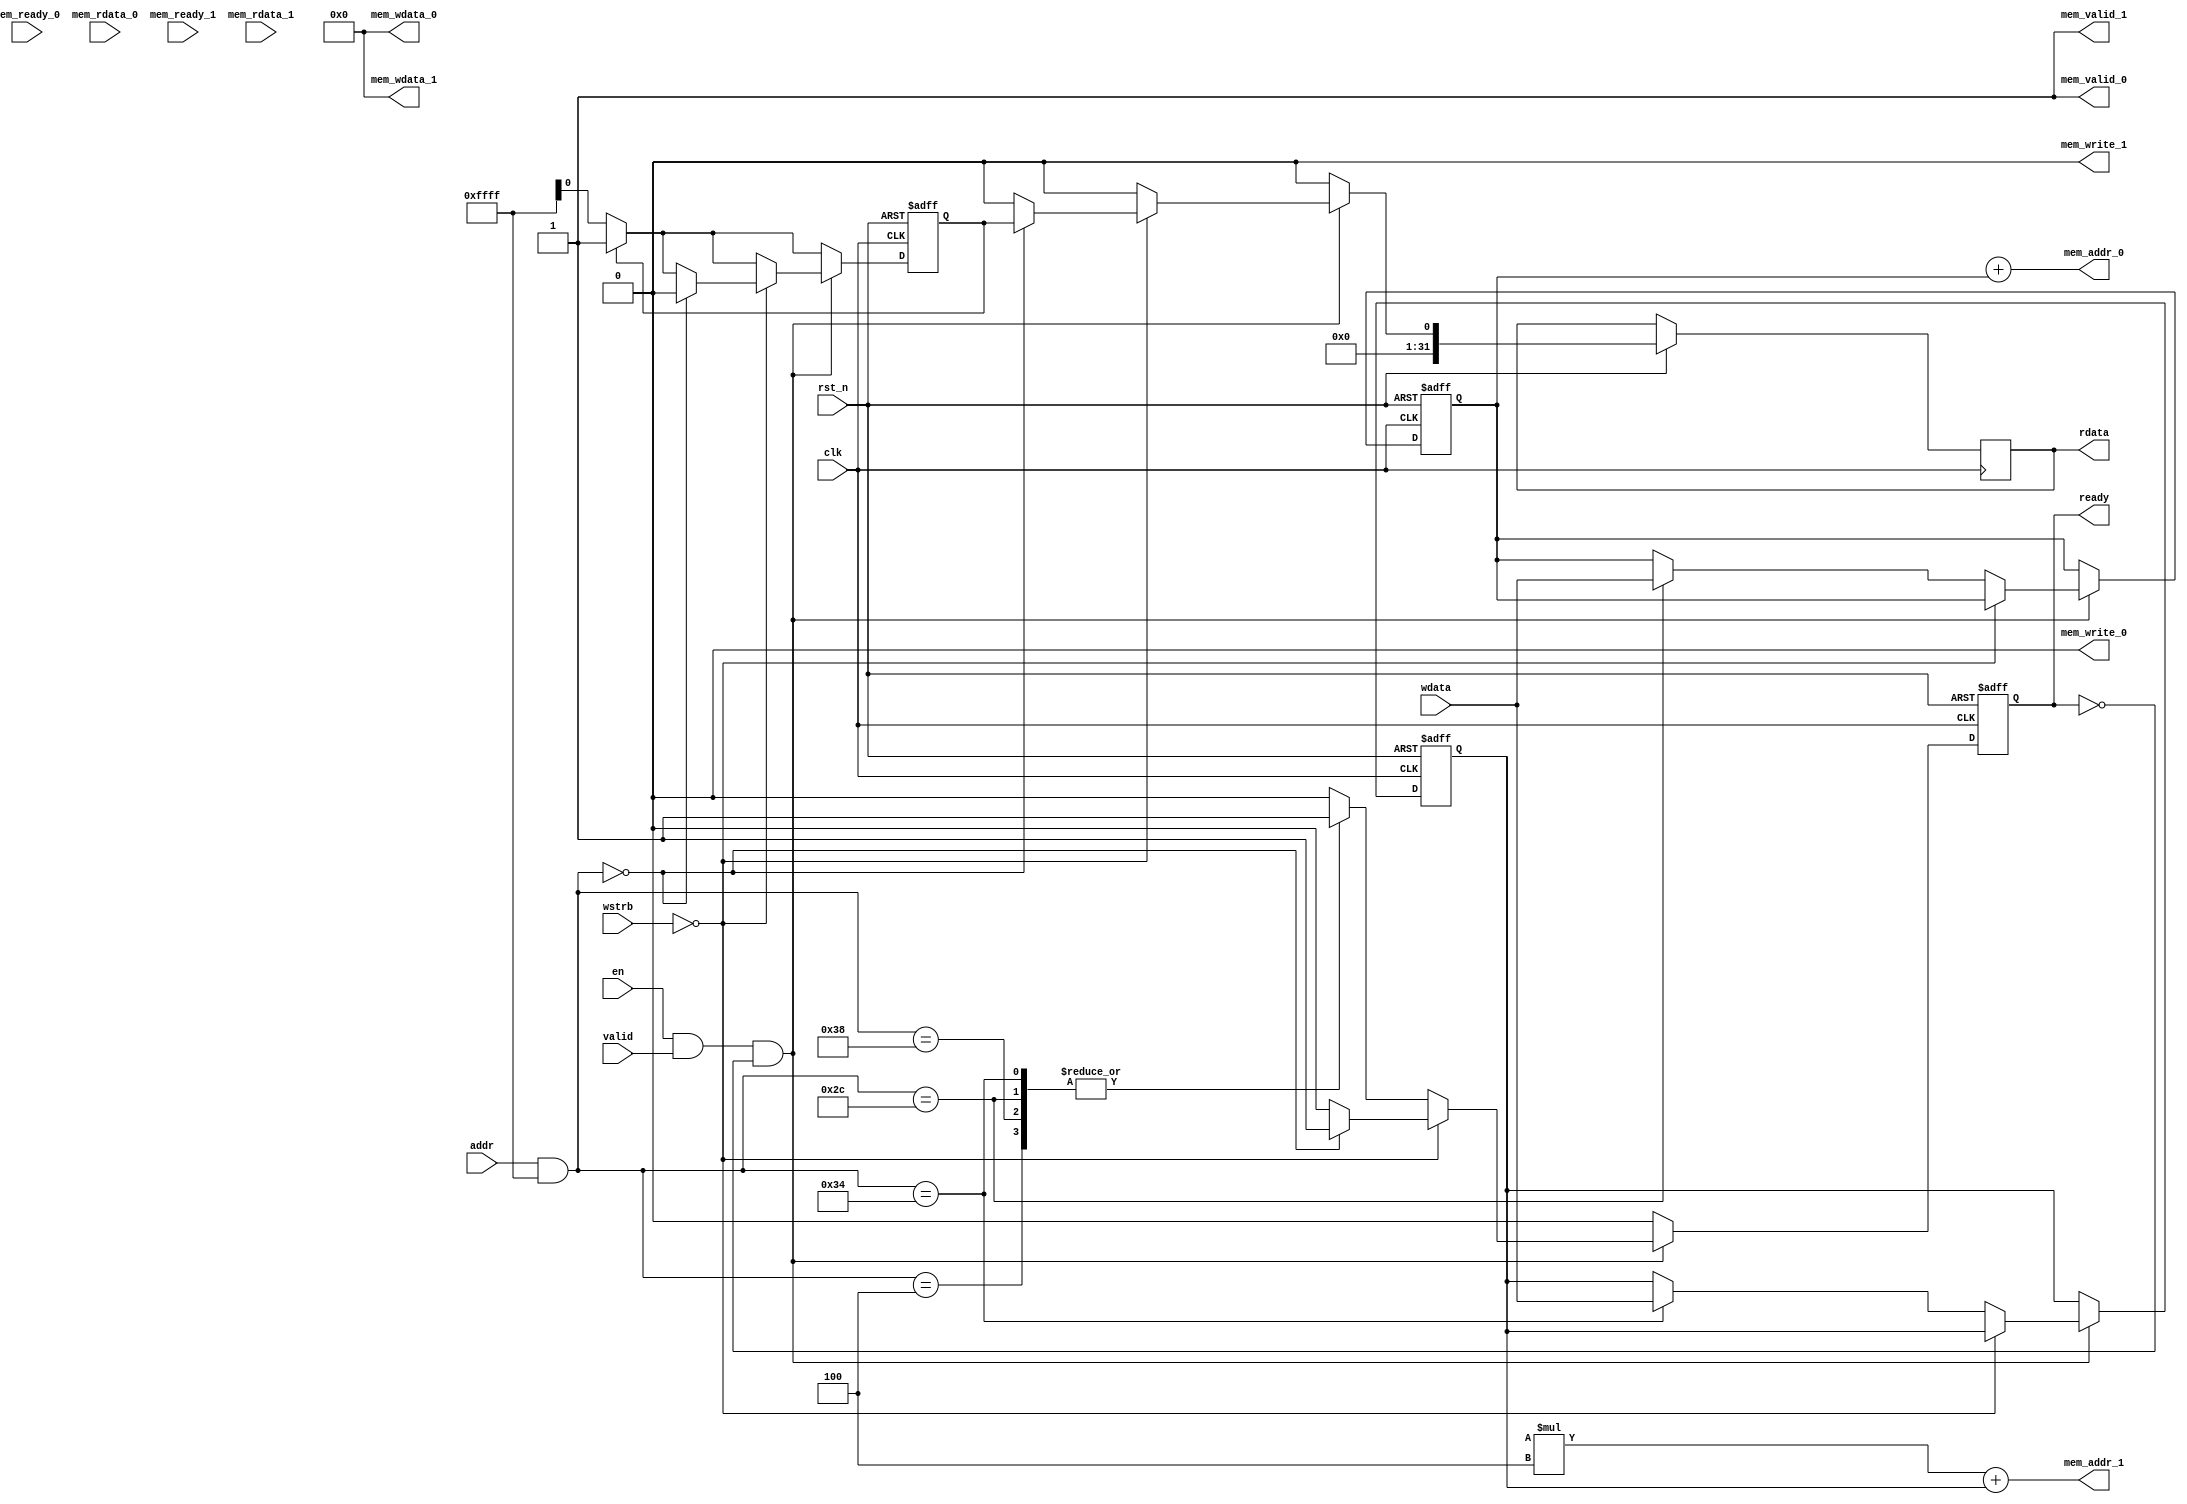
module MJPEG_MMAP (
    input clk,
    input en,
    input rst_n,
    input [31:0] addr,
    input valid,
    input [3:0] wstrb,
    output reg ready,
    input [31:0] wdata,
    output reg [31:0] rdata,

    // Memory interface
    input mem_ready_0,            //
    output mem_valid_0,           //
    output [31:0] mem_addr_0,     // input_addr
    input [31:0] mem_rdata_0,     // input_rdata
    output mem_write_0,           //
    output [31:0] mem_wdata_0,    //

    input mem_ready_1,            //
    output mem_valid_1,           //
    output [31:0] mem_addr_1,     // output_addr
    input [31:0] mem_rdata_1,     // output_rdata
    output mem_write_1,           // output_wen
    output [31:0] mem_wdata_1     // output_wdata
);

// MJPE_MMAP's address mapping
// TODO 0
// Assign your own memory mapping here
// I have defined some addresses which you may use for your accelerator.
// You can add additional addresses if necessary.

// Keep your memory address alligned to 4 bytes, so you won't run into any trouble.
// Each memory address represents 1 byte, so each MMAP mapping jumps at least 4 bytes = 32bits
// e.g. 0x0, 0x4, 0x8, 0xc
parameter MJPEG_MMAP_BASE = 32'h4000_0000;
parameter MJPEG_MMAP_RANG = 32'h0000_ffff;
parameter MJPEG_MMAP_READ_FINISH    = 32'h0000_0000;
parameter MJPEG_MMAP_WRITE_NUM_COEF = 32'h0000_0004; // jump 4bytes = 32bits
parameter MJPEG_MMAP_INPUT_OFFSET   = 32'h0000_002c;
parameter MJPEG_MMAP_OUTPUT_OFFSET  = 32'h0000_0034;
parameter MJPEG_MMAP_WRITE_START    = 32'h0000_0038;

// Accelerator register
reg start, finish;
reg [6:0] num_coef;
reg [31:0] input_offset, output_offset;
wire Ready;

// Internal masked address
wire [31:0] dnn_addr;
assign dnn_addr = (addr) & MJPEG_MMAP_RANG;

// Accelerator memory port
wire [15:0] input_addr, output_addr;
wire [31:0] output_rdata, output_wdata;
wire [31:0] input_rdata, weight_rdata;
wire output_wen;

// Memory port 1
// TODO 1
// This is for input data in memory.
// The following assignments are for demonstration.
// You need to assign the correct values.
assign mem_valid_0 = 1;
assign mem_addr_0 = input_addr + input_offset;
assign mem_write_0 = 0;
assign mem_wdata_0 = 0;
assign input_rdata = mem_rdata_0;

// Memory port 2
// TODO 2
// This is for weight data in memory.
// The following assignments are for demonstration.
// You need to assign the correct values.
assign mem_valid_1 = 1;
assign mem_addr_1 = output_addr * 4 + output_offset;
assign mem_write_1 = 0;
assign mem_wdata_1 = 0;
assign weight_rdata = mem_rdata_1;

/**
 *	This block handles the MMAP request.
 *
 *	Signal description:
 *	[31:0] addr:	MMAP request address
 *	[31:0] wdata:	Data write from master
 *	[31:0] rdata:	Data read from module
 *	[3:0] wstrb:	each bit enables 8-bit write to the 32-bit data
 *	valid:		MMAP request from master
 *	ready:		MMAP request is handled
 */
always @(posedge clk or negedge rst_n)
begin
    if (!rst_n) begin
        start <= 0;
        ready <= 0;
        finish <= 0;
        num_coef <= 0;
        input_offset <= 0;
        output_offset <= 0;
    end else begin
        ready <= 0;
        rdata <= 0;
        finish <= (finish == 0) ? Ready : 1;
        start <= (finish == 1) ? 0 : start;
        if (en && valid && !ready) begin
            if (!wstrb) begin   //read
                case (dnn_addr)
		            // TODO 4
                    // Implement your MMAP read routine here
                    MJPEG_MMAP_READ_FINISH: begin
                        rdata <= finish;
                        ready <= 1;
                        finish <= (finish == 1) ? 0 : finish;
                    end
                    default: $display("MJPEG_MMAP: read invalid reg: %h(%h)", dnn_addr, addr);
                endcase
            end else begin      //write
                case (dnn_addr)
		            // TODO 5
                    // Implement your MMAP write routine here
                    MJPEG_MMAP_WRITE_NUM_COEF: begin
                        num_coef <= wdata[6:0];
                        ready <= 1;
                    end
                    MJPEG_MMAP_WRITE_START: begin
                        start <= wdata[0];
                        ready <= 1;
                    end
                    MJPEG_MMAP_INPUT_OFFSET: begin
                        input_offset <= wdata;
                        ready <= 1;
                    end
                    MJPEG_MMAP_OUTPUT_OFFSET: begin
                        output_offset <= wdata;
                        ready <= 1;
                    end

                    default: $display("MJPEG_MMAP: write invalid reg: %h(%h)", dnn_addr, addr);
                endcase
            end
        end
    end
end



endmodule